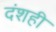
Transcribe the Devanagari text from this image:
दंशही